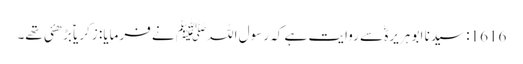
1616: سیدنا ابو ہریرہؓ سے روایت ہے کہ رسول اللہﷺ نے فرمایا: زکریاؑ بڑھئی تھے۔